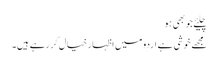
چلیئے جو بھی ہو
مجھے خوشی ہے اردو میں اظہار خیال کر رہے ہیں۔